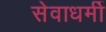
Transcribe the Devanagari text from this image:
सेवाधर्मी